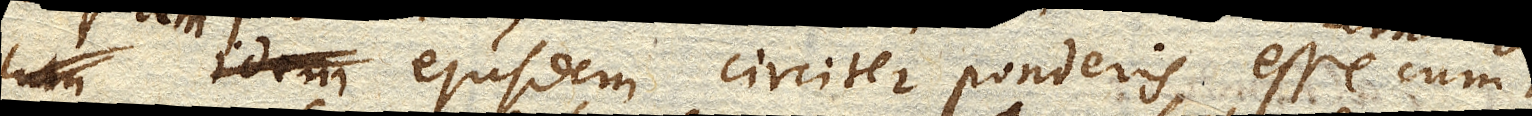
ejusdem circiter ponderis esse cum